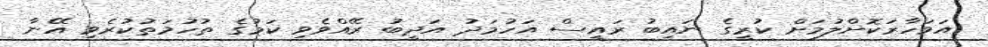
އަވަހާރަކޮށްލުމަށް ކުރީގެ ނައިބު ރައީސް އަހުމަދު އަދީބު ރޭއްވެވި ކަމުގެ ތުހުމަތުކުރެވި އޭނާ